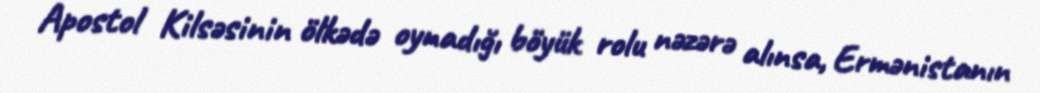
Apostol Kilsəsinin ölkədə oynadığı böyük rolu nəzərə alınsa, Ermənistanın